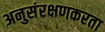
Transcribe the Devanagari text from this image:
अनुसंरक्षणकरता